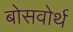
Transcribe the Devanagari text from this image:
बोसवोर्थ